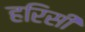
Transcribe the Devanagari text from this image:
हरिसी